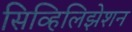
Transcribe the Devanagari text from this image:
सिव्हिलिझेशन